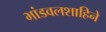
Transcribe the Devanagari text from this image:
भांडवलशाहिने